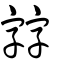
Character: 𡦂